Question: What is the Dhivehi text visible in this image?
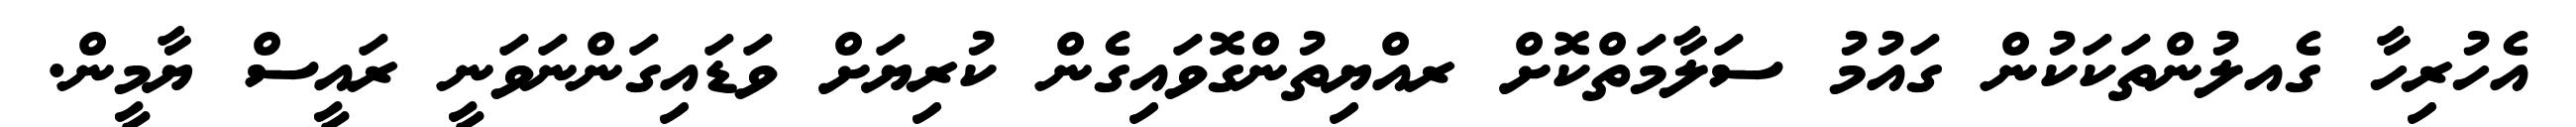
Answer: އެހުރިހާ ގެއލުންތަކަކުން ގައުމު ސަލާމަތްކޮށް ރއްޔިތުންގޮވައިގެން ކުރިޔަށް ވަޑައިގަންނަވަނީ ރައީސް ޔާމީން.